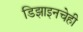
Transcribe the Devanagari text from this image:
डिझाइनचेही